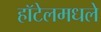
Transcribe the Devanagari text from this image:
हॉटेलमधले